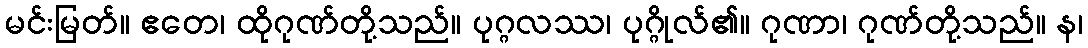
မင်းမြတ်။ ဧတေ၊ ထိုဂုဏ်တို့သည်။ ပုဂ္ဂလဿ၊ ပုဂ္ဂိုလ်၏။ ဂုဏာ၊ ဂုဏ်တို့သည်။ န၊